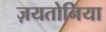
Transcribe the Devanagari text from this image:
ज़यतोनिया